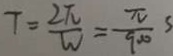
T = \frac { 2 \pi } { W } = \frac { \pi } { 9 0 0 } s